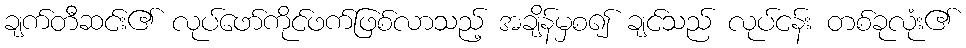
ချက်တီဆင်း၏ လုပ်ဖော်ကိုင်ဖက်ဖြစ်လာသည့် အချိန်မှစ၍ ချင်သည် လုပ်ငန်း တစ်ခုလုံး၏